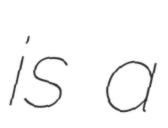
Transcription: is a